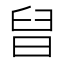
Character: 𣆫